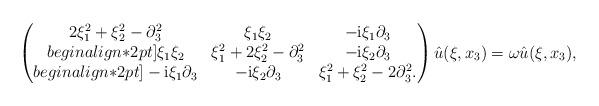
LaTeX: \begin{align*}\begin{pmatrix} 2 \xi_1^2 + \xi_2^2 - \partial_3^2 & \xi_1 \xi_2 & - \mathrm{i} \xi_1 \partial_3 \\begin{align*}2pt] \xi_1 \xi_2 & \xi_1^2 + 2 \xi_2^2 - \partial_3^2& - \mathrm{i} \xi_2 \partial_3 \\begin{align*}2pt]- \mathrm{i} \xi_1 \partial_3 & - \mathrm{i} \xi_2 \partial_3 & \xi_1^2 + \xi_2^2 - 2 \partial_3^2 . \end{pmatrix} \hat u (\xi, x_3 ) = \omega \hat u (\xi, x_3 ) , \end{align*}